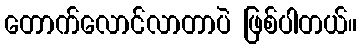
တောက်လောင်လာတာပဲ ဖြစ်ပါတယ်။